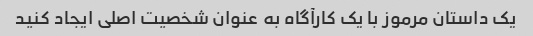
یک داستان مرموز با یک کارآگاه به عنوان شخصیت اصلی ایجاد کنید